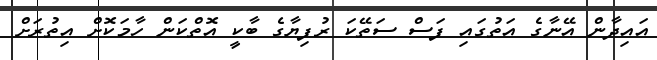
އައިދާން އޭނާގެ އަތުގައި ފަސް ސަތޭކަ ރުފިޔާގެ ބާކީ އޮތްކަން ހާމަކޮށް އިތުރަށް